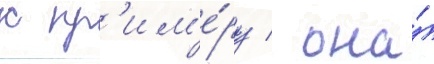
к пр'им'е́ру / она́